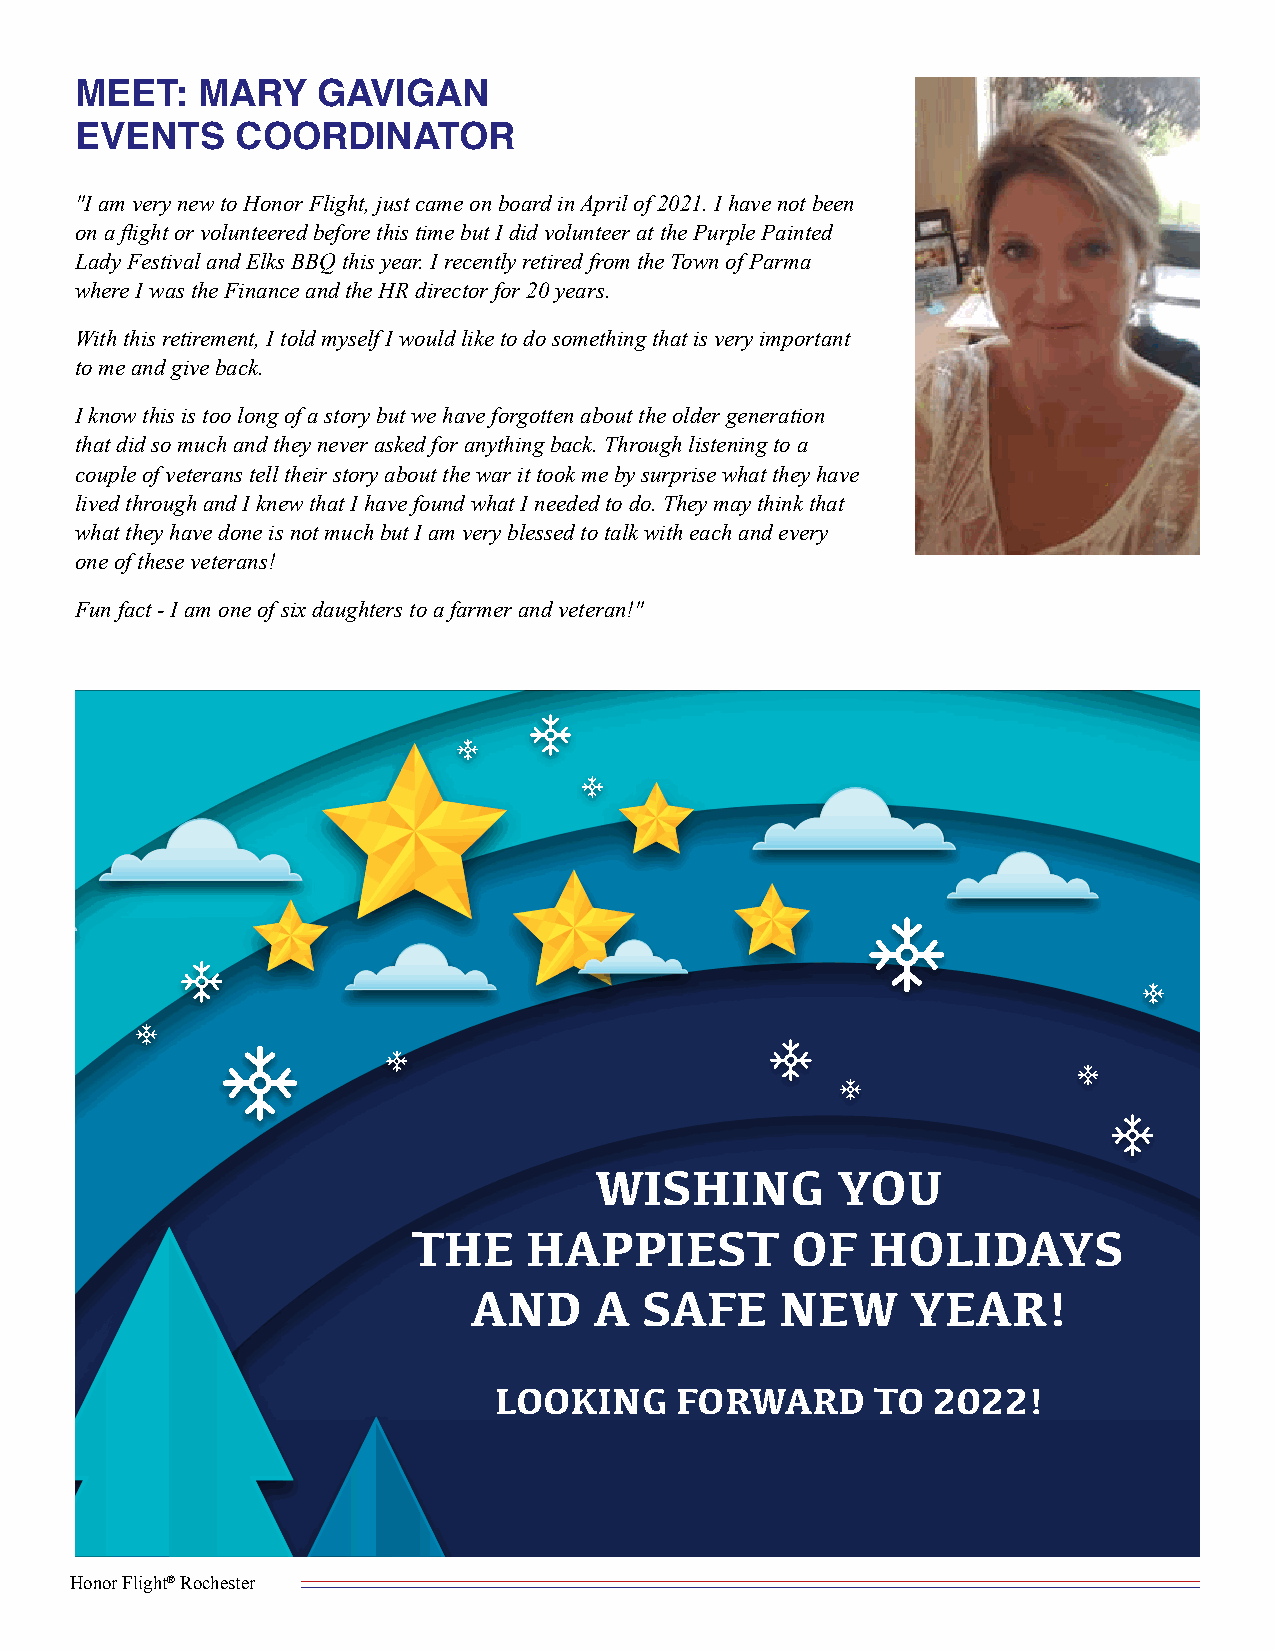
MEET:   MARY    GAVIGAN
 EVENTS     COORDINATOR
 "I am very new to Honor Flight, just came on board in April of 2021. I have not been
 on a flight or volunteered before this time but I did volunteer at the Purple Painted
 Lady Festival and Elks BBQ this year. I recently retired from the Town of Parma
 where I was the Finance and the HR director for 20 years.
 With this retirement, I told myself I would like to do something that is very important
 to me and give back.
 I know this is too long of a story but we have forgotten about the older generation
 that did so much and they never asked for anything back. Through listening to a
 couple of veterans tell their story about the war it took me by surprise what they have
 lived through and I knew that I have found what I needed to do. They may think that
 what they have done is not much but I am very blessed to talk with each and every
 one of these veterans!
 Fun fact - I am one of six daughters to a farmer and veteran!"
 WISHING         YOU
 THE     HAPPIEST         OF    HOLIDAYS
 AND     A   SAFE     NEW     YEAR!
 LOOKING     FORWARD      TO  2022!
 Honor Flight® Rochester